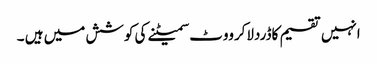
انہیں تقسیم کاڈردلاکرووٹ سمیٹنے کی کوشش میں ہیں ۔